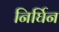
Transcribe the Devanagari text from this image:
निर्घिन